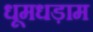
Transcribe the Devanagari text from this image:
धूमधड़ाम